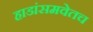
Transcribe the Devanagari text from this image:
हाडांसमवेतच